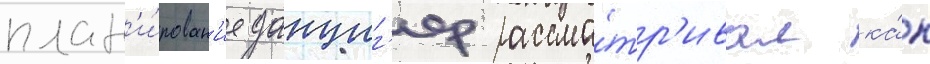
план'и́рован'ие данциг'ер рассма́тр'ивал ка́к